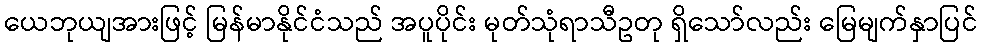
ယေဘုယျအားဖြင့် မြန်မာနိုင်ငံသည် အပူပိုင်း မုတ်သုံရာသီဥတု ရှိသော်လည်း မြေမျက်နှာပြင်